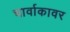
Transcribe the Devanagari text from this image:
चार्वाकावर